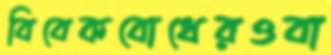
বিবেকবোধেরওবা